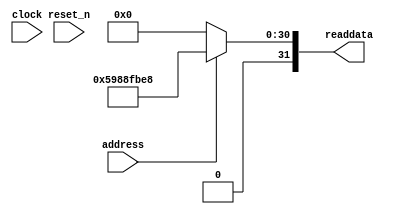
module nios_design_sysid_qsys_0 (
               // inputs:
                address,
                clock,
                reset_n,

               // outputs:
                readdata
             )
;

  output  [ 31: 0] readdata;
  input            address;
  input            clock;
  input            reset_n;

  wire    [ 31: 0] readdata;
  //control_slave, which is an e_avalon_slave
  assign readdata = address ? 1502149608 : 0;

endmodule